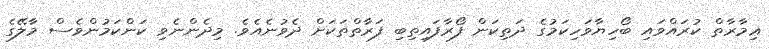
ޢިމާރާތް ކުރައްވައި ބޯހިޔާވަހިކަމުގެ ދަތިކަން ފޯރާފައިތިބި ފަރާތްތަކަށް ދެވުނެއެވެ. މިދެންނެވި ކަންކަމުންވެސް މާލޭގެ